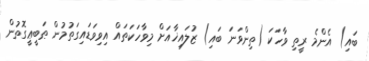
ބައި) އެންމެ ރީތި ވާހަކަ (ތިންވަނަ ބައި) ޒުލައިޚާއަށް މިވާހަކަތައް އިވިވަޑައިގަތުމުން ޠަބީޢީގޮތުން